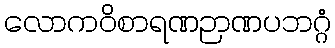
လောကဝိစာရဏဉာဏပဘဂ္ဂံ